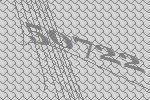
50722